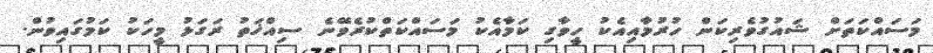
މަސައްކަތަށް ޝައުގުވެރިކަން ހުރުމާއިއެކު ހީވާގި ކަމާއެކު މަސައްކަތްކުރެވޭނެ ސިއްޚަތު ރަގަޅު މީހަކު ކަމުގައިވުން.